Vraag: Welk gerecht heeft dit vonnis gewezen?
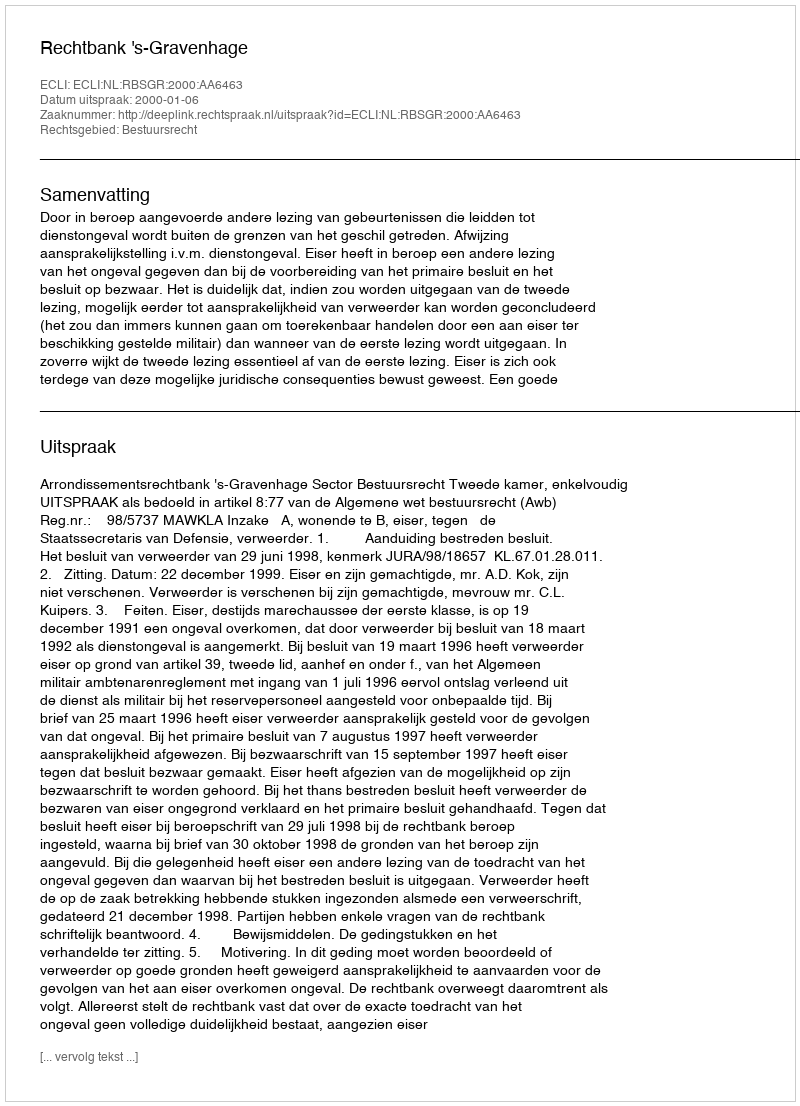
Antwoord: Rechtbank 's-Gravenhage